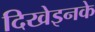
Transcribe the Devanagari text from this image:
दिखेइनके